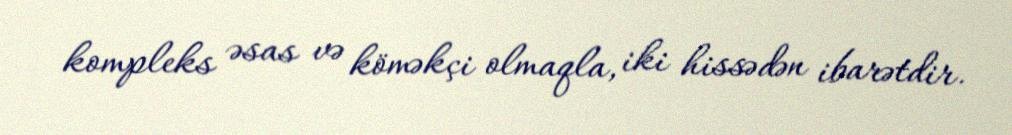
kompleks əsas və köməkçi olmaqla, iki hissədən ibarətdir.